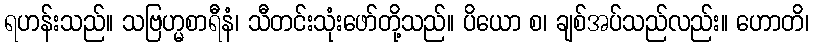
ရဟန်းသည်။ သဗြဟ္မစာရီနံ၊ သီတင်းသုံးဖော်တို့သည်။ ပိယော စ၊ ချစ်အပ်သည်လည်း။ ဟောတိ၊